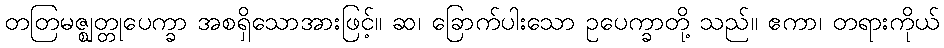
တတြမဇ္ဈတ္တုပေက္ခာ အစရှိသောအားဖြင့်။ ဆ၊ ခြောက်ပါးသော ဥပေက္ခာတို့ သည်။ ဧကာ၊ တရားကိုယ်